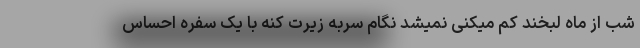
شب از ماه لبخندُ کم میکنی نمیشد نگام سربه زیرت کنه با یک سفره احساس